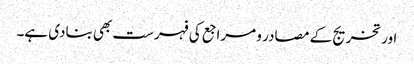
اور تخریج کے مصادر و مراجع کی فہرست بھی بنادی ہے۔